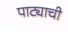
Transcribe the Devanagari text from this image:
पाट्याची